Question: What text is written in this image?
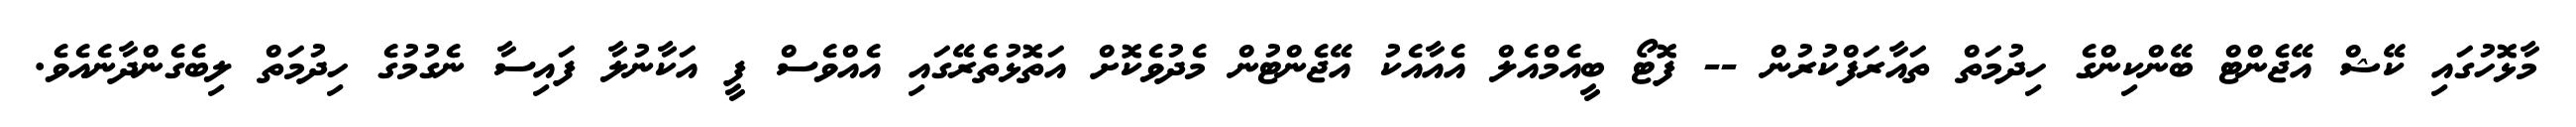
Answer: މާޅޮހުގައި ކޭޝް އޭޖެންޓް ބޭންކިންގެ ހިދުމަތް ތައާރަފްކުރުން -- ފޮޓޯ ބީއެމްއެލް އެއާއެކު އޭޖެންޓުން މެދުވެކޮށް އަތޮޅުތެރޭގައި އެއްވެސް ފީ އަކާނުލާ ފައިސާ ނެގުމުގެ ހިދުމަތް ލިބެގެންދާނެއެވެ.